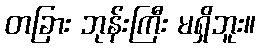
တခြား ဘုန်းကြီး မရှိဘူး။